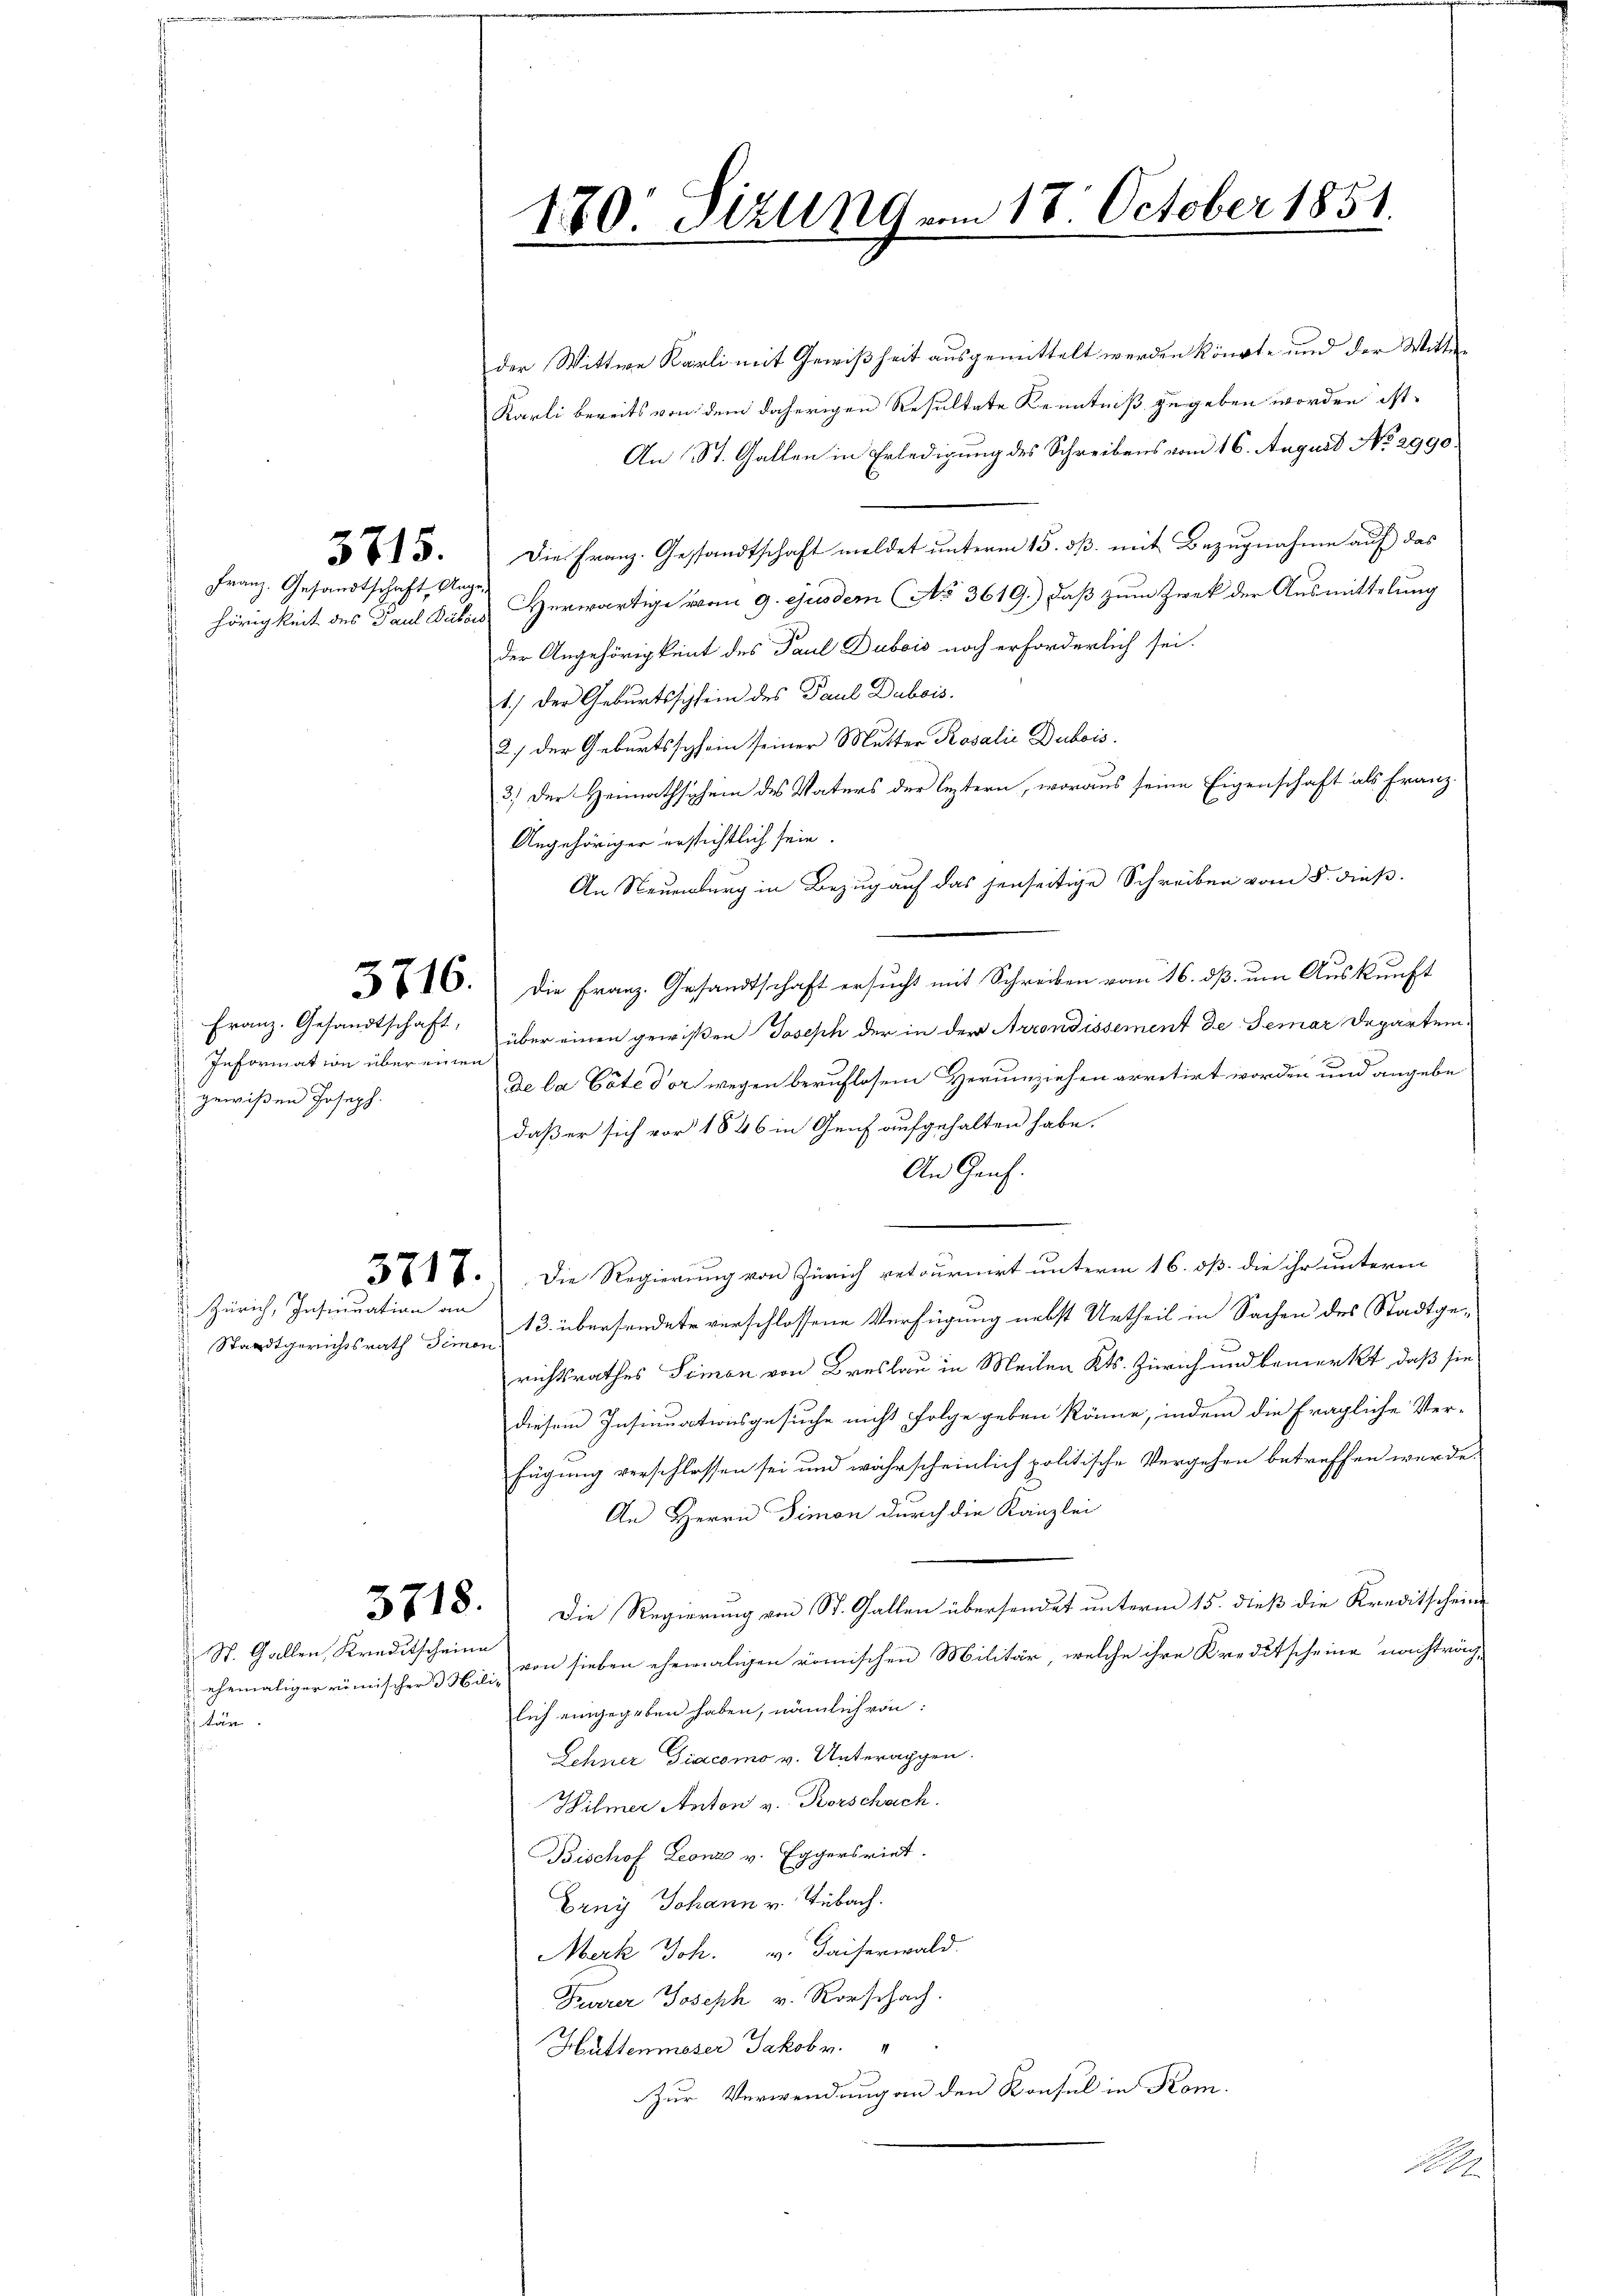
t

Franz. Gesandtschaft, Ange¬

der Wittwe Karli mit Gewißheit ausgemittelt werden könnte und der Witter
Karli bereits von dem daherigen Resultate Kenntniß zugeben worden ist.
An St. Gallen in Erledigung des Schreibens vom 16. August No. 2990.
65. Die Franz. Gestandtschaft meldet unterm 15. dß. mit Bezugnahme auf das
hörigkeit des Paul Palais erwärtige vom 9. ejusdem No 3619.) daß zum Zwek der Ausmittelung
der Angehörigkeit des Paul Dubois noch erforderlich sei.
1.) Der Geburtsschlein des Paul Dubois.
2.) der Geburtsschein seiner Mutter Rosalić Dubois.
3.) Der Heimathschein des Vaters der leztern, woraus seine Eigenschaft als Franz.
Angehöriger erstichtlich sein.
An Neuenburg in Bezug auf das jenseitige Schreiben vom 5. dieß.
16. die Franz. Gesandtschaft ersucht mit Schreiben vom 16. dß um Auskunft
 Franz. Gesandtschaft, über einen gewißen Joseph der in der Arrondissement de Gemar Departemde la Cate der wegen beruflosem Herumziehen arretirt worden und angebe
daß er sich vor 1846 in Genf aufgehalten habe.
An Genf.
e
228. Die Regierung von Zürich retournirt unterm 16. dß. die ihr unterm
 Zürich, Insinuation an 13. übersendete verschlossene Verfügung nebst Urtheil in Sachen des Stadtgerichtsrathes Simon von Breslau in Meilen Kts. Zürich und bemerkt, daß sie
diesem Insinuationsgesuche nicht folge geben könne, indem die fragliche Ver-
fügung verschlossen sei und wahrscheinlich politische Vergehen betreffen werde.
An Herrn Simon durch die Kanzlei
718. Die Regierung von St. Gallen übersendet unterm 15. dieß die Kreditscheinehemaliger römischer 3 c. von sieben ehemaligen römischen Militär, welche ihre Kreditscheine nachträg-
lich eingegeben haben, nämlich von:
Lehner Diacomo v. Unterappen.
Wilmer Anton v. Rorschach.
Tischof Leonz v. Eggersriet.
Erny Johann v. Tübach.
Merk Joh. v. Kaiserwald.
Trärer Joseph v. Rorschach.
Hüttenmoser Jakobr. "
Zur Verwendung an den Konsul in Kom

Information über einen
gewißen Joseph.

Standtgerichtsrath Simon

St. Gallen, Kreditscheine
Pflän

170 Sizung am 18. October 1851.
1